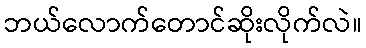
ဘယ်လောက်တောင်ဆိုးလိုက်လဲ။